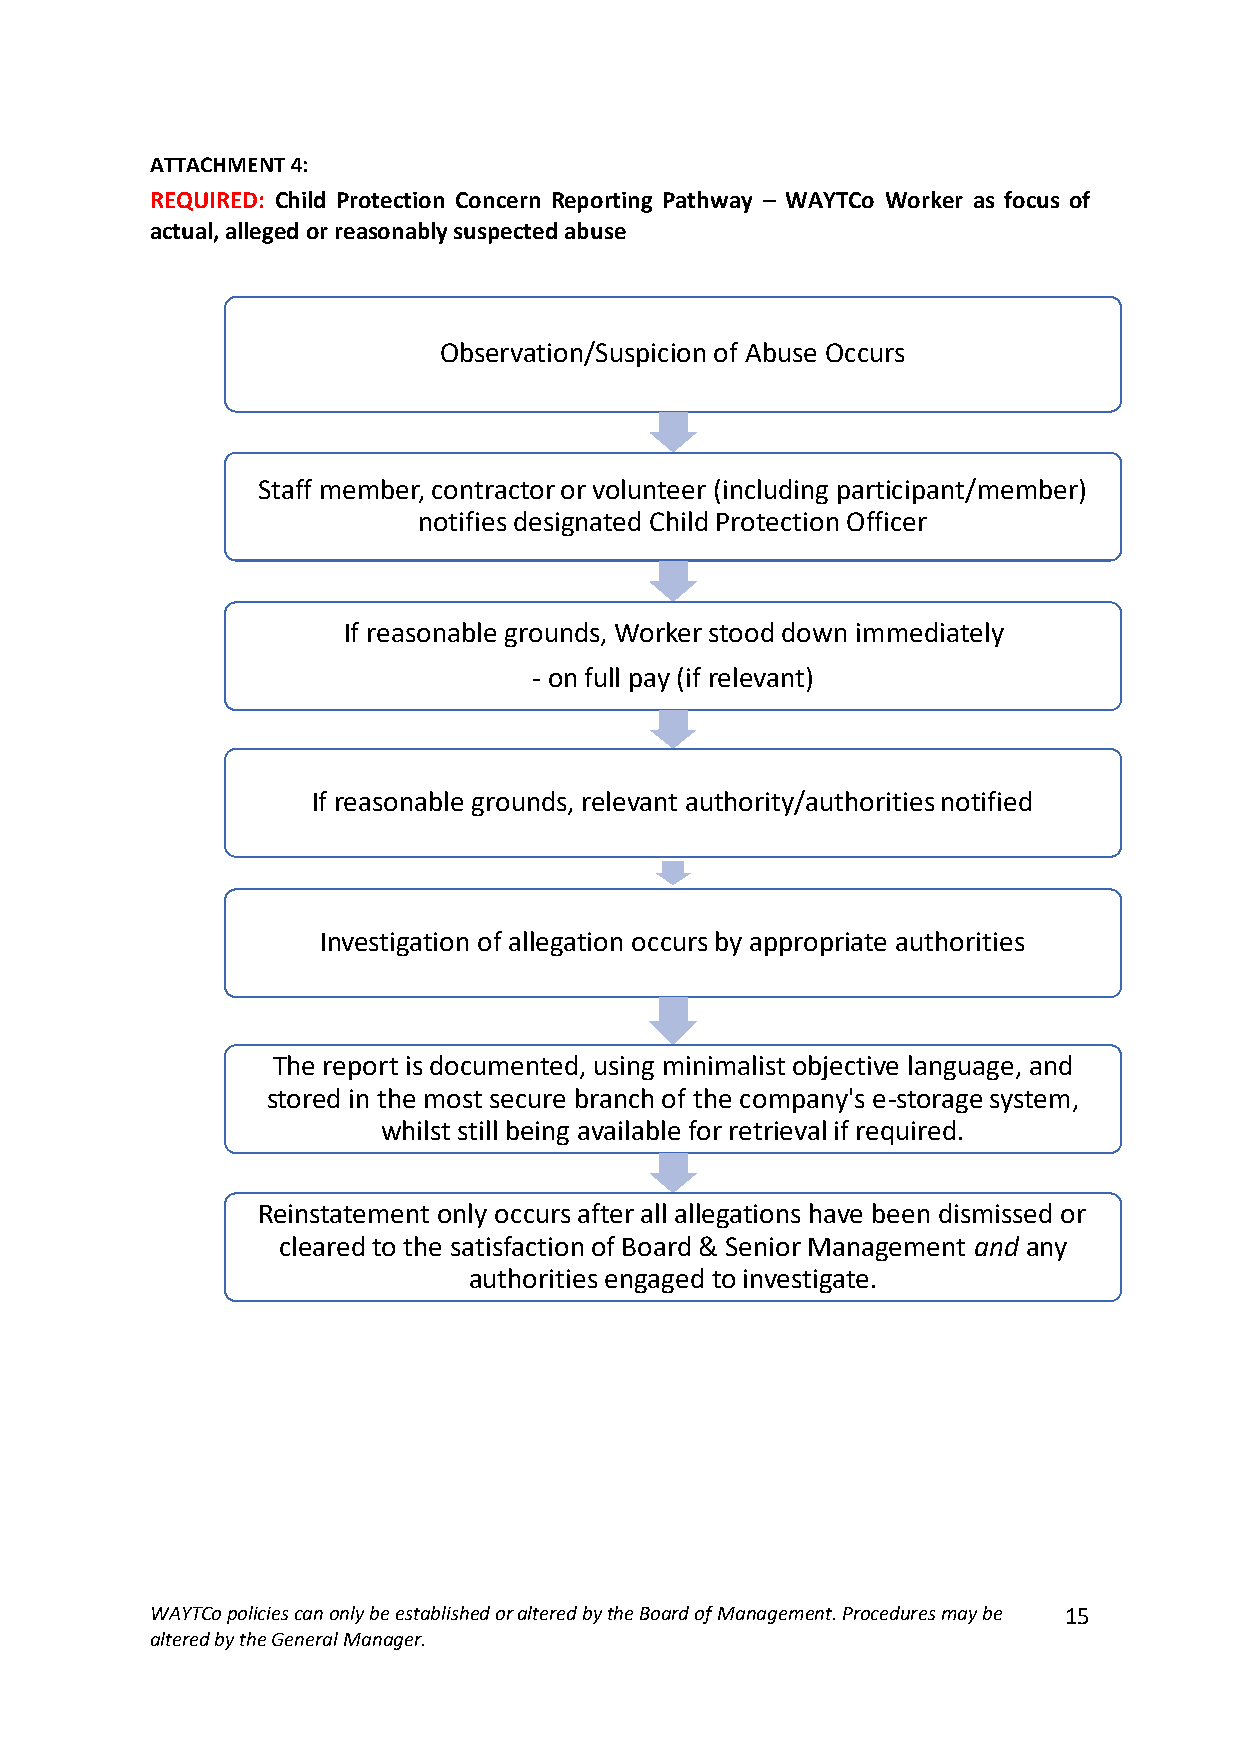
ATTACHMENT 4:
 REQUIRED: Child Protection Concern Reporting Pathway – WAYTCo Worker as focus of
 actual, alleged or reasonably suspected abuse
 Observation/Suspicion of Abuse Occurs
 Staff member, contractor or volunteer (including participant/member)
 notifies designated Child Protection Officer
 If reasonable grounds, Worker stood down immediately
 - on full pay (if relevant)
 If reasonable grounds, relevant authority/authorities notified
 Investigation of allegation occurs by appropriate authorities
 The report is documented, using minimalist objective language, and
 stored in the most secure branch of the company's e-storage system,
 whilst still being available for retrieval if required.
 Reinstatement only occurs after all allegations have been dismissed or
 cleared to the satisfaction of Board & Senior Management and any
 authorities engaged to investigate.
 WAYTCo policies can only be established or altered by the Board of Management. Procedures may be 15
 altered by the General Manager.